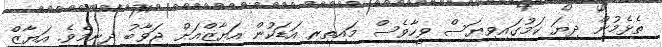
ތެޅެމުން ދިޔަ ކަމުގައިވިޔަސް ވީހާވެސް މައިތިރި އަޑަކުން އަޔާޒްއަށް ޖަވާބު ދިނީމެވެ. އަޔާޒް